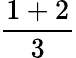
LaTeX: \frac{1+2}{3}